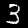
Digit: 3